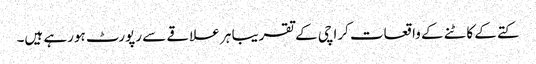
کتے کے کاٹنے کے واقعات کراچی کے تقریبا ہر علاقے سے رپورٹ ہورہے ہیں۔